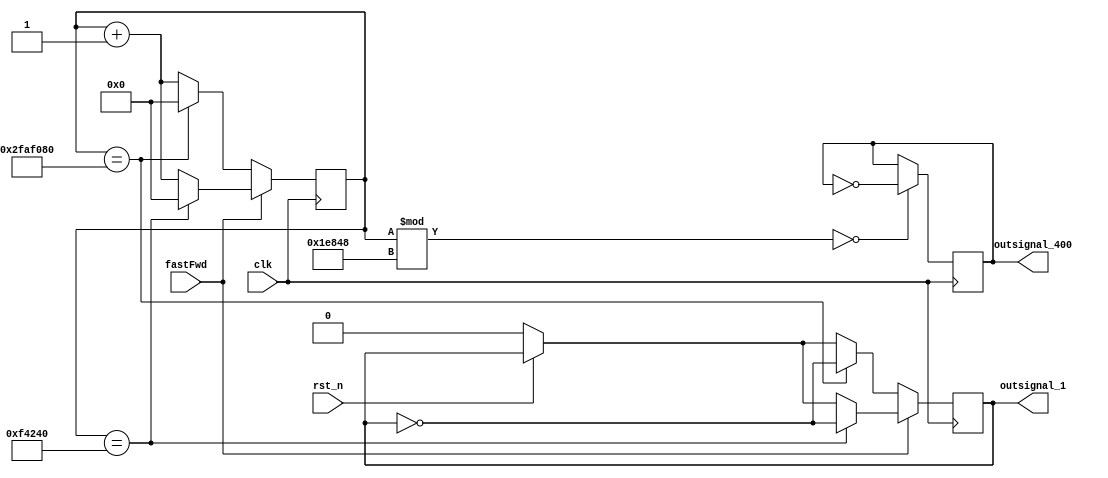
`timescale 1ns / 1ps
//////////////////////////////////////////////////////////////////////////////////
// Company: 
// Engineer: 
// 
// Design Name: 
// Module Name: clock_generator
// Project Name: 
// Target Devices: 
// Tool Versions: 
// Description: 
// 
// Dependencies: 
// 
// Revision:
// Revision 0.01 - File Created
// Additional Comments:
// 
//////////////////////////////////////////////////////////////////////////////////


module clock_generator(
    input clk, 
    input rst_n,
    input fastFwd,
    output reg outsignal_1, 
    output reg outsignal_400
    );
    
    reg [25:0] counter;
    
    always@(posedge clk) begin
        if (!rst_n) begin
           outsignal_1 <= 0;
        end
        counter <= counter + 1;
        if(fastFwd) begin
            if (counter == 1_000_000) begin
                outsignal_1 <= ~outsignal_1;
                counter <= 0;
            end
        end
        else begin
            if (counter == 50_000_000) begin
                outsignal_1 <= ~outsignal_1;
                counter <= 0;
            end
        end
        if (counter % 125_000 == 0)
            outsignal_400 <= ~outsignal_400;
    end
    
endmodule